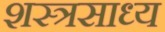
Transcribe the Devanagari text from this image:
शस्त्रसाध्य